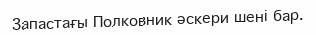
Запастағы Полковник әскери шені бар.